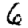
Digit: 6